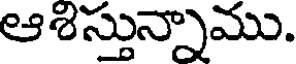
ఆశిస్తున్నాము.